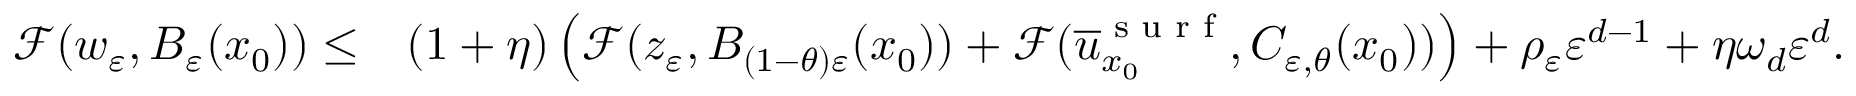
\begin{array} { r l } { \mathcal { F } ( w _ { \varepsilon } , B _ { \varepsilon } ( x _ { 0 } ) ) \leq } & { ( 1 + \eta ) \left( \mathcal { F } ( z _ { \varepsilon } , B _ { ( 1 - \theta ) \varepsilon } ( x _ { 0 } ) ) + \mathcal { F } ( \overline { { u } } _ { x _ { 0 } } ^ { \textnormal { s u r f } } , C _ { \varepsilon , \theta } ( x _ { 0 } ) ) \right) + \rho _ { \varepsilon } \varepsilon ^ { d - 1 } + \eta \omega _ { d } \varepsilon ^ { d } . } \end{array}